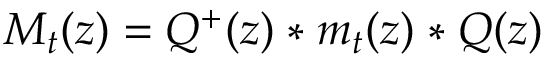
M _ { t } ( z ) = Q ^ { + } ( z ) \mathrel { \ast } m _ { t } ( z ) \mathrel { \ast } Q ( z )